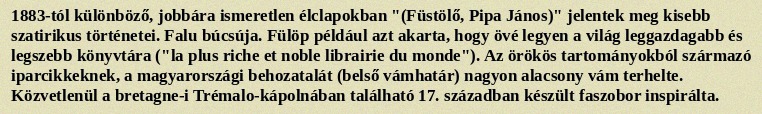
1883-tól különböző, jobbára ismeretlen élclapokban "(Füstölő, Pipa János)" jelentek meg kisebb szatirikus történetei. Falu búcsúja. Fülöp például azt akarta, hogy övé legyen a világ leggazdagabb és legszebb könyvtára ("la plus riche et noble librairie du monde"). Az örökös tartományokból származó iparcikkeknek, a magyarországi behozatalát (belső vámhatár) nagyon alacsony vám terhelte. Közvetlenül a bretagne-i Trémalo-kápolnában található 17. században készült faszobor inspirálta.